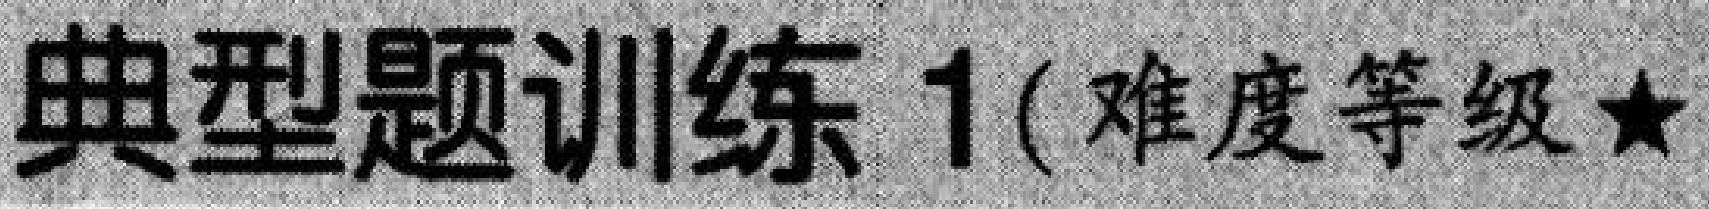
典型题训练 1(难度等级$\star$